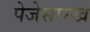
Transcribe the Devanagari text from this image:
पेजेसारखे